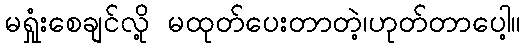
မရှုံးစေချင်လို့ မထုတ်ပေးတာတဲ့၊ဟုတ်တာပေါ့။